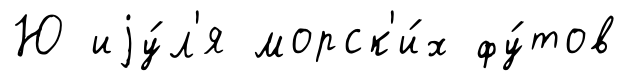
Ю иjу́л'я морск'и́х фу́тов